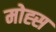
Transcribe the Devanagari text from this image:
मोह्स